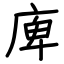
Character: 庳